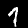
Digit: 1